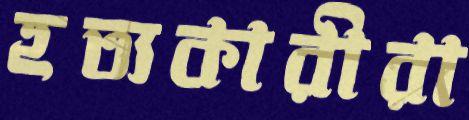
হত্যকারীরা